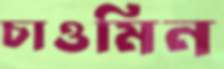
চাওমিন